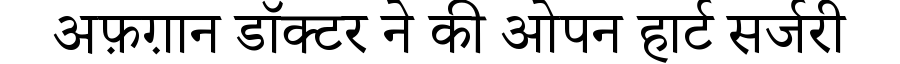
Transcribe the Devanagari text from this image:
अफ़ग़ान डॉक्टर ने की ओपन हार्ट सर्जरी